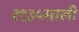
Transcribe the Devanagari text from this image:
१९३५साली